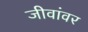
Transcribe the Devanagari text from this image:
जीवांवर